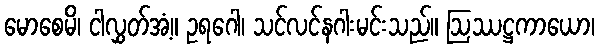
မောစေမိ၊ ငါလွှတ်အံ့။ ဥရဂေါ၊ သင်လင်နဂါးမင်းသည်။ ဩဿဋ္ဌကာယော၊